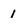
Character: 1